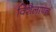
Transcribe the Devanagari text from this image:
विशैलापन